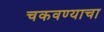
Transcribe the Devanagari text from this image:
चकवण्याचा